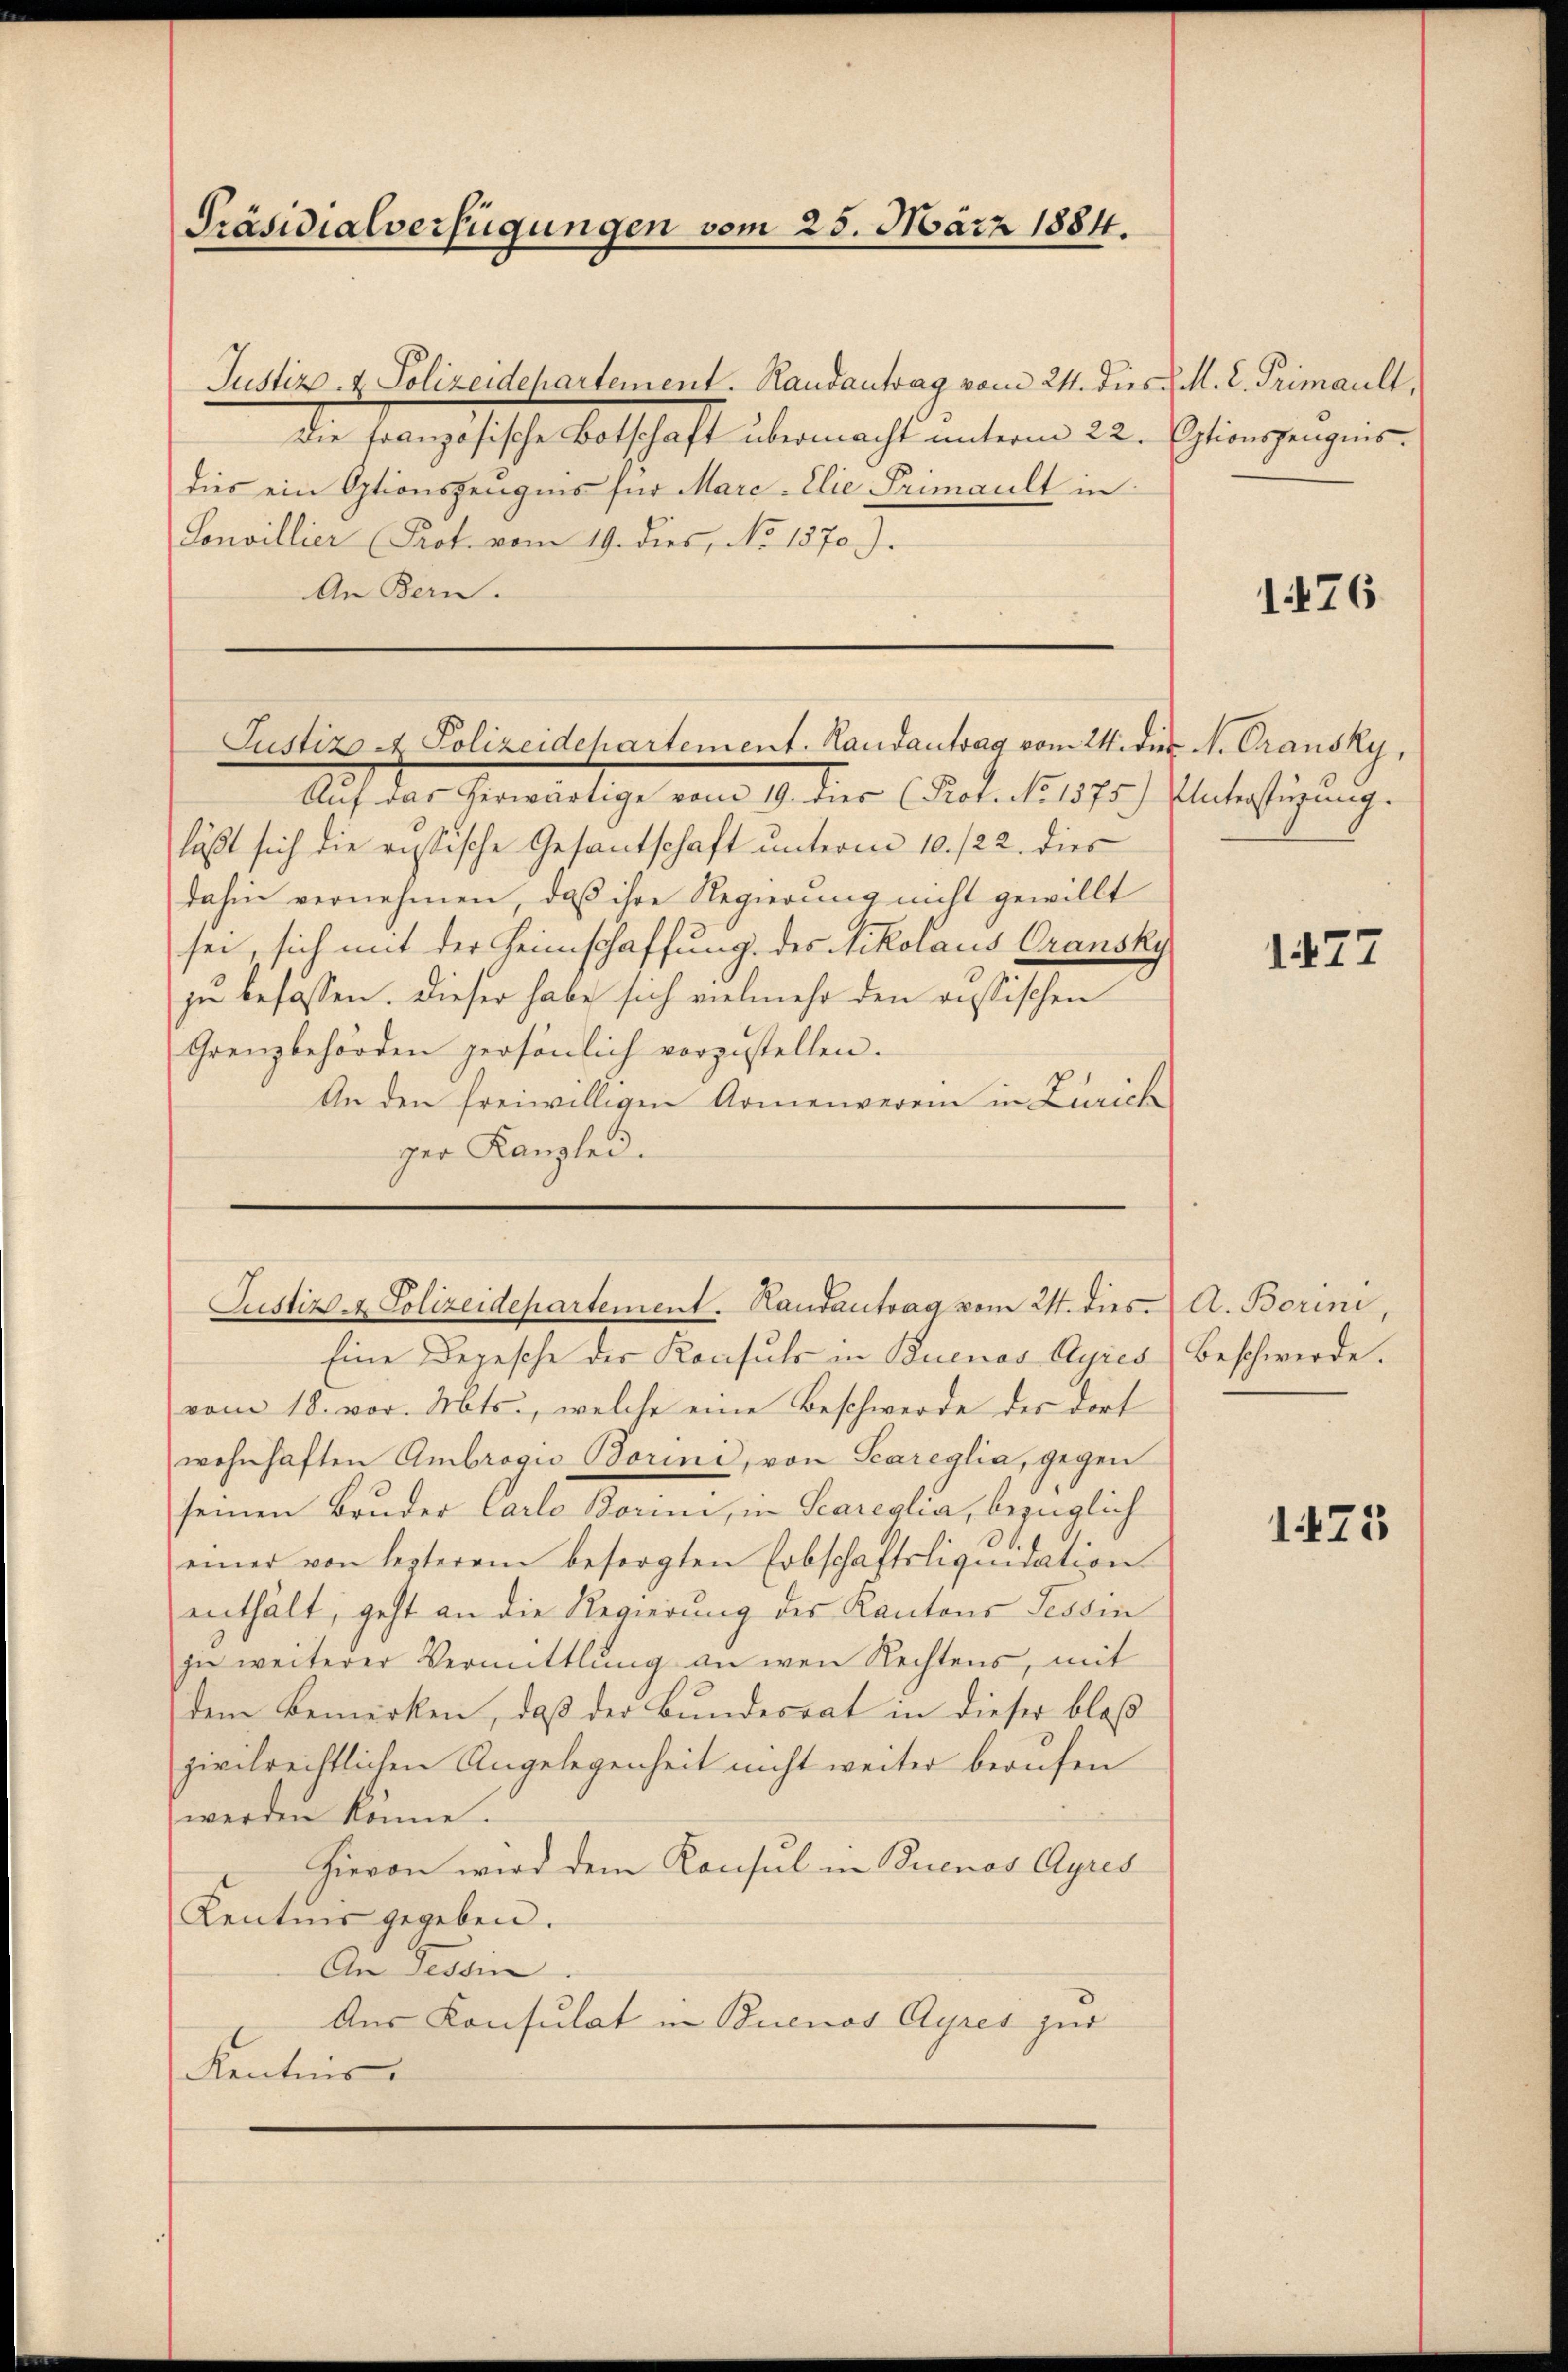
Präsidialverfügungen vom 25. März 1884.

Justiz- & Polizeidepartement. Handantrag vom 24. dies  M. L. Trimault,
Die französische Botschaft übermacht unterm 22. Optionszeugnis.
dies ein Optionszeugnis für Mare-Elie Primault in
Sonvillier Prot. vom 19. dies, No 1370).
An Bern.

Justizo A Polizeidchartement. Randantrag vom 24. dies N. Grausky,

Justiz - Polizeidepartement. Handantrag vom 24. dies A. Borini,

Auf das eherwärtige vom 19. der (Sept. 1837. Untertigung.
läßt sich die russische Gesantschaft unterm 10. /22. dies
dahin vernehmen, daß ihre Regierung nicht gewillt
sei, sich mit der Heimschaffung des Nikolaus Oransky
zu befassen. Dieser habe sich vielmehr den russischen
Grenzbehörden persönlich vorzustellen.
An den freiwilligen Armenverein in Zürich
ger Kanzlei.

Eine Depesche der Konsuls in Buenos Ayres Beschwerde.
vom 18. vor. Mts., welche eine Beschwerde des dort
wohnhaften Ambrogio Borini, von Scareglia, gegen
seinen Bruder Carlo Korii, in Scareglia, bezüglich
einer von lezterem besorgten Erbschaftsliquidation
enthält, geht an die Regierung des Kantons Tessin
zu weiterer Vermittlung an wen Rechtens, mit
dem Bemerken, daß der Bundesrat in dieser bloß
zivilrechtlichen Angelegenheit nicht weiter berufen
werden könne.
Hievon wird dem Konsul in Buenos Ayres
Kentnis gegeben.
An Tessin
Aus Konsulat in Buenos Ayres zur
Kentnis.

176

1477

1473